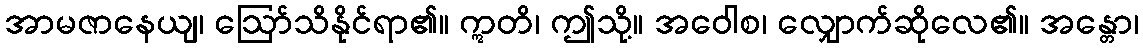
အာမဇာနေယျ၊ ဩော်သိနိုင်ရာ၏။ ဣတိ၊ ဤသို့။ အဝေါစ၊ လျှောက်ဆိုလေ၏။ အန္တော၊